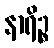
နာရိဉ္စ